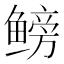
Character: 鳑